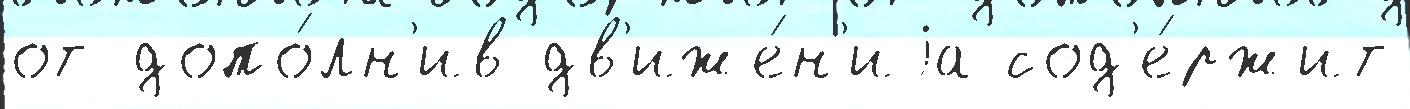
от допо́лн'ив дв'иже́н'иjа сод'е́ржит